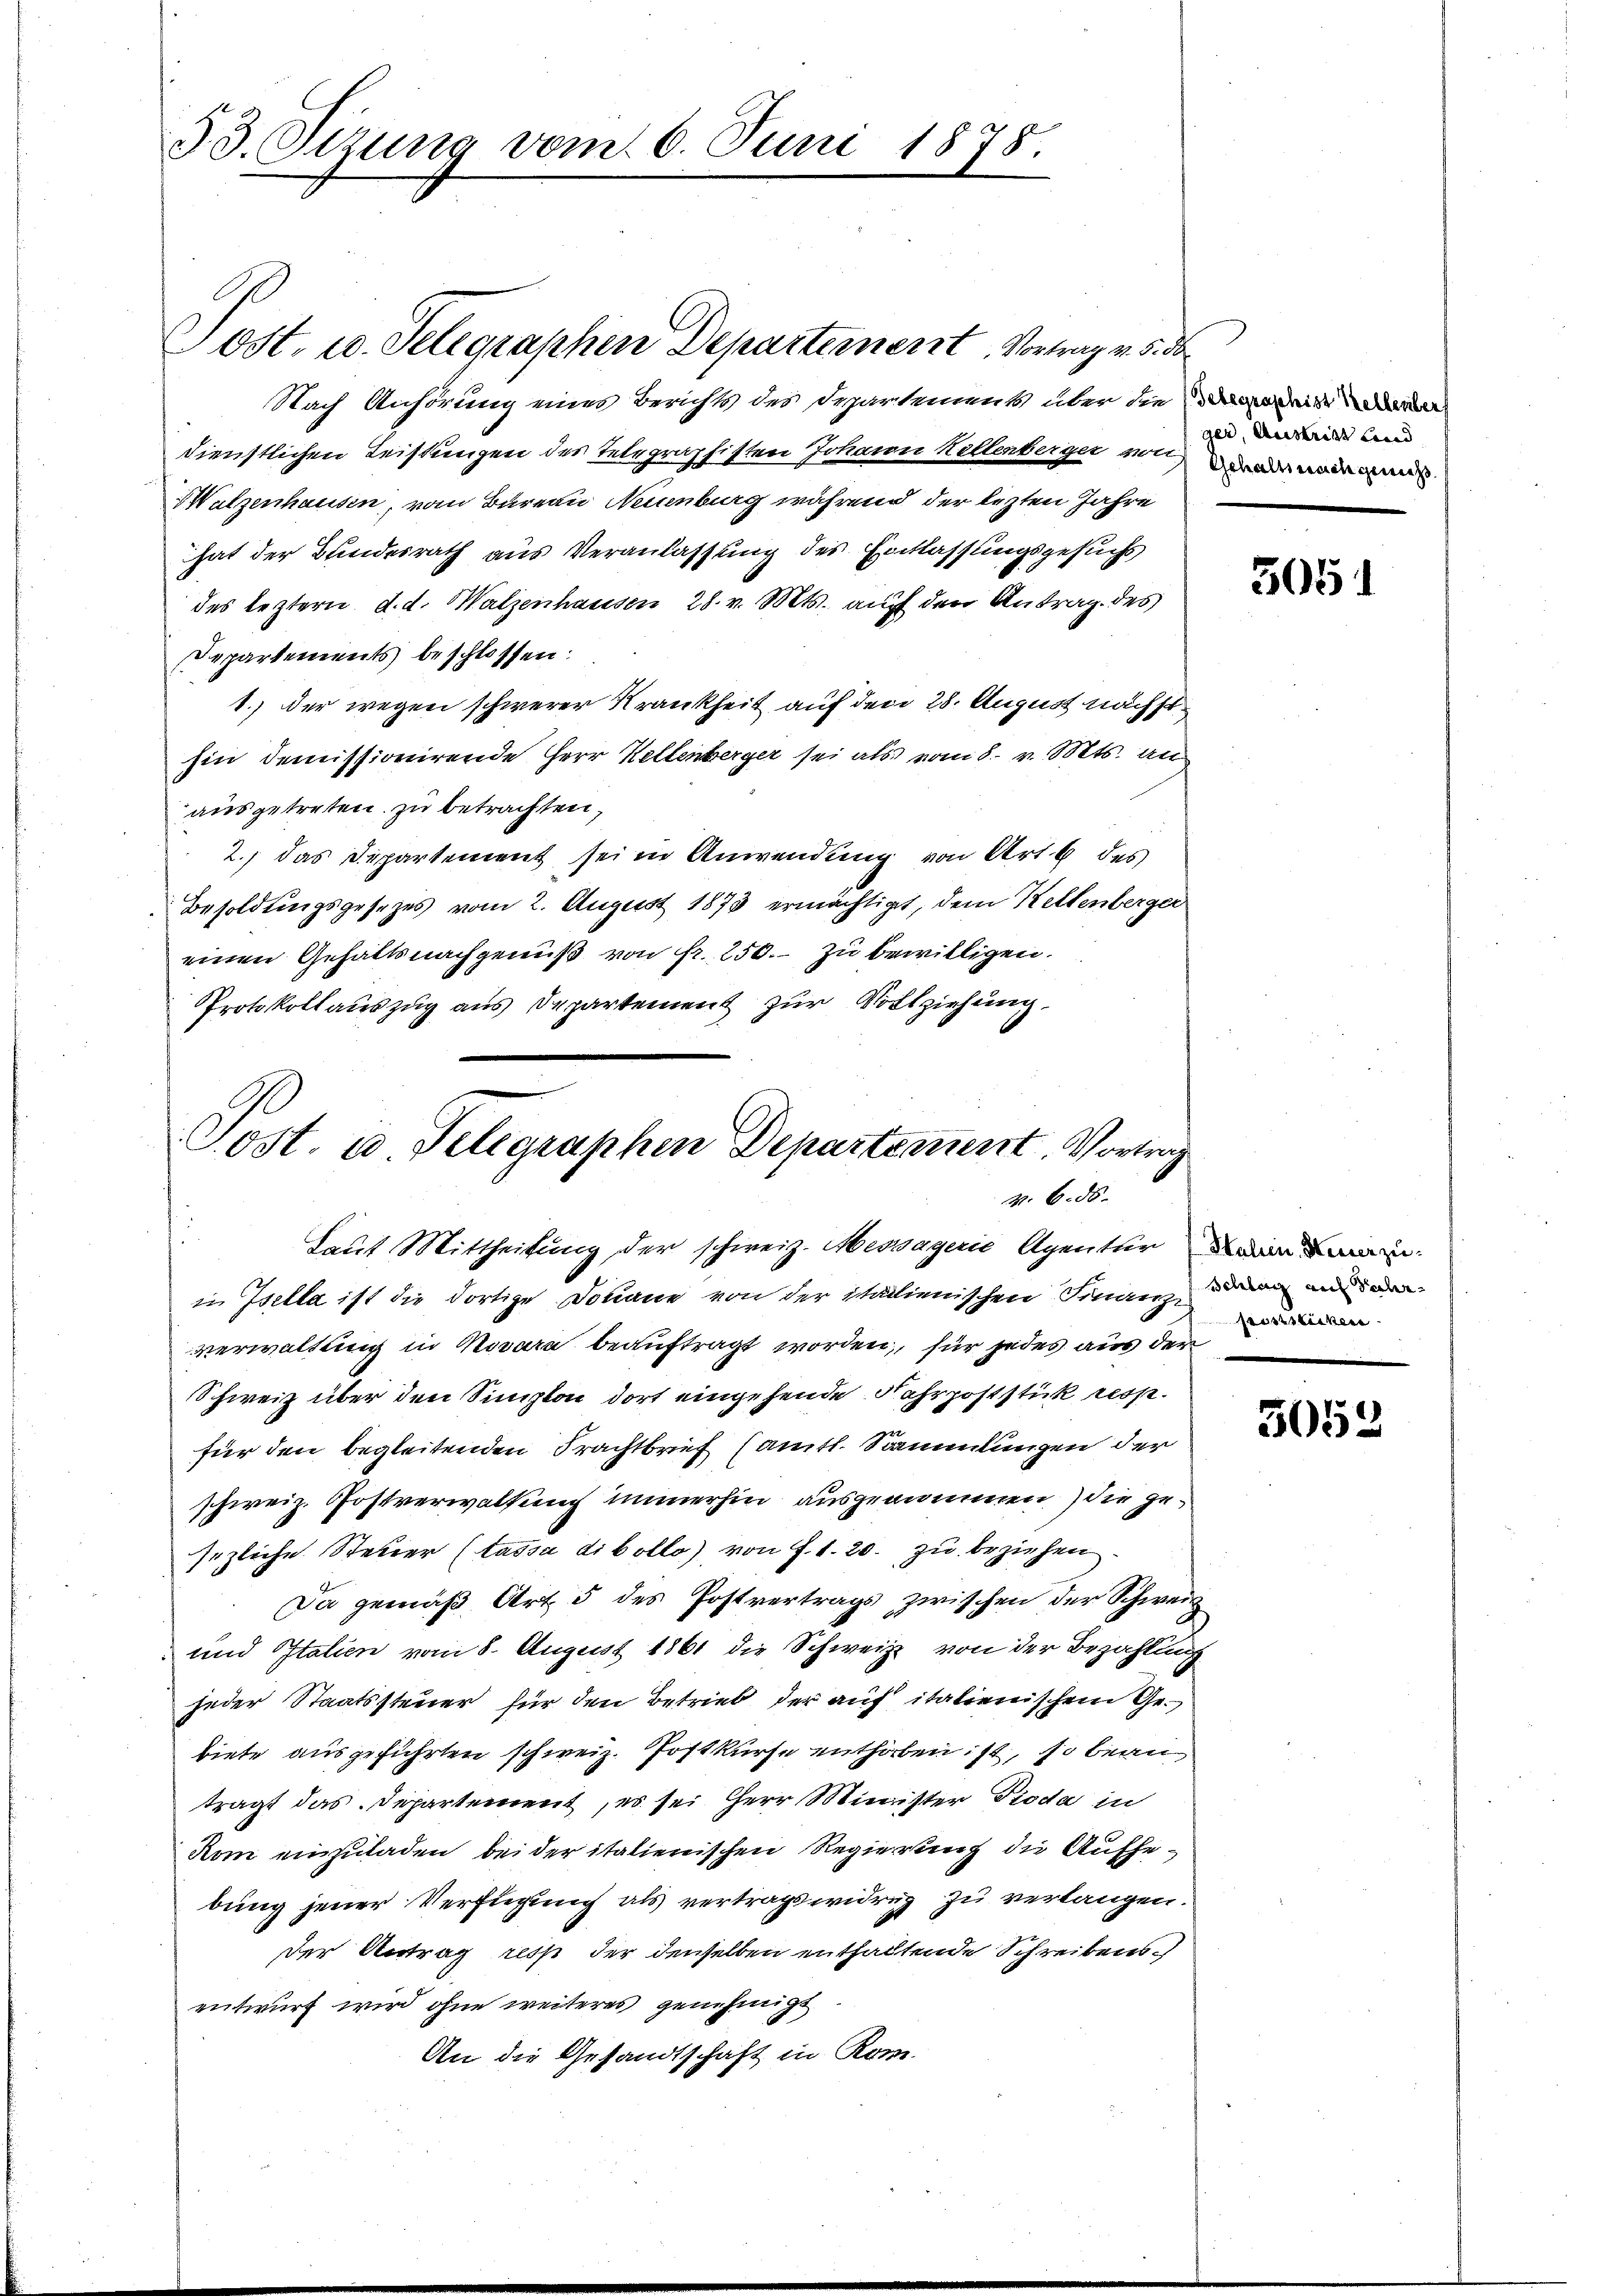
33. Otzung vom 6. Juni 1878.

Nach Anhörung eines Berichts des Departements über die reisde
dienstlichen Leistungen des Telegraphisten Johann Kellenberger von und d
WWutzenhausen, vom Bureau Neuenburg während der lezten Jahre
hat der Bundesrath aus Veranlassung des Einlassungsgesuchs
des leztern d. d. Walzenhausen 28. v. Mts. auch den Antrag des
Departements beschlossen:
1.) der wegen schwerer Krankheit auf den 28. August nächst
hin demissionirende Herr Keltenberger sei als vom 8. v. Mts. au
ausgetreten zu betrachten,
2. das Departement sei in Anwendung von Art. 6 des
Besoldungsgesezes vom 2. August 1873 ermächtigt, dem Kettenberger
einen Gehaltsnachgenuß von fr. 250. zu bewilligen.
Protokollauszug aus Departement zur Vollziehung,

Post. u Telegraphen Departerniert. Vortrag
v. 6. ds.
Laut Mittheilung der schweiz. Messägerić Agentur in ein

in Isella ist die dortige Douane von der italienischen Finanz, dann an da
verwaltung in Novara beauftragt worden, für jedes aus der
Schweiz über den Simplon dort eingehende Fahrpoststick resp.
für den begleitenden Frachtbrief sämtl. Sammlungen der
schweiz. Postverwaltung immerhin ausgenommen) die gesezliche Steuer (tassa dibollo) von f. 1. 20. zu beziehen.
Da gemäß Art. 5 des Postvertrags zwischen der Schweiz
und Italien vom 8. August 1861 die Schweiz von der Bezahlung
jeder Staatssteuer für den Betrieb der auf italienischem Gebiete ausgeführten schweiz. Postkurse enthoben ist, so bean
tragt das Departement, es sei Herr Minister Pioda in
Rom einzuladen bei der italienischen Regierung die Aufhebung jener Verfügung als vertragswidrig zu verlangen.
der Antrag ress der denselben enthaltende Schreibensentwurf wird ohne weiteres genehmigt
An die Gesandtschaft in Kom-

Post. u. Telegraphen Departement. Vortrag v. 5. de

ger, Austritt und

5051

poststicken

5053